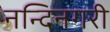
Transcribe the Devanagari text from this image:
नन्दिनगरी